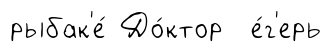
рыбак'е́ До́ктор е́г'ерь